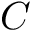
C